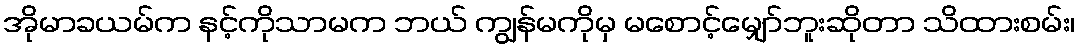
အိုမာခယမ်က နင့်ကိုသာမက ဘယ် ကျွန်မကိုမှ မစောင့်မျှော်ဘူးဆိုတာ သိထားစမ်း၊